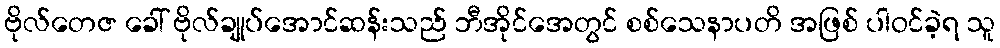
ဗိုလ်တေဇ ခေါ် ဗိုလ်ချုပ်အောင်ဆန်းသည် ဘီအိုင်အေတွင် စစ်သေနာပတိ အဖြစ် ပါဝင်ခဲ့ရ သူ